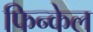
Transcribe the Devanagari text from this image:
फिन्केल